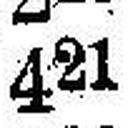
421